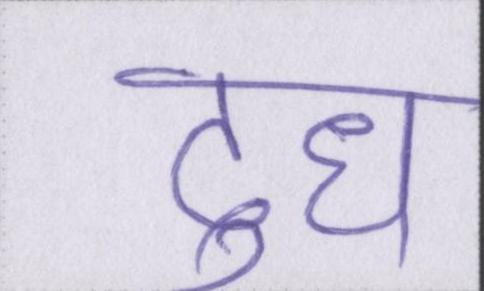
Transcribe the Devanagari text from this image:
दूध